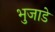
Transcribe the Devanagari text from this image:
भुजाडे